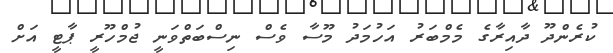
ކުރެންދޫ ދާއިރާގެ މެމްބަރު އަހުމަދު މޫސާ ވެސް ނިސްބަތްވަނީ ޖުމްހޫރީ ޕާޓީ އަށް